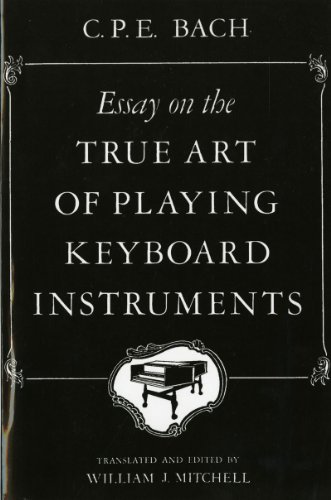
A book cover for Essay on the True Art of Playing Keyboard Instruments; C.P.E. Bach; Humor & Entertainment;